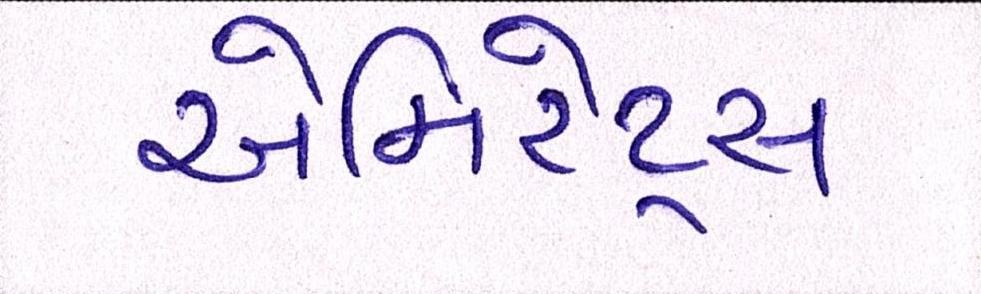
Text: એમિરેટ્સ